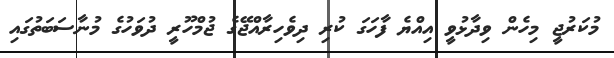
މުކަރުޖީ މިހެން ވިދާޅުވީ އިއްޔެ ފާހަގަ ކުރި ދިވެހިރާއްޖޭގެ ޖުމްހޫރީ ދުވަހުގެ މުނާސަބަތުގައި